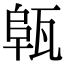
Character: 𤭟